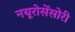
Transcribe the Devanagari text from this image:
नयूरोसेंसोरी